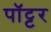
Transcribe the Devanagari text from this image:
पॉट्टर